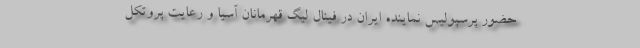
حضور پرسپولیس نماینده ایران در فینال لیگ قهرمانان آسیا و رعایت پروتکل